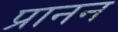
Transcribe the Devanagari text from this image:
प्रानन